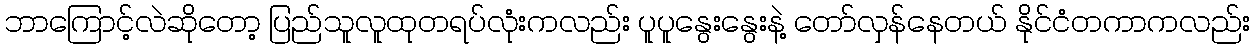
ဘာကြောင့်လဲဆိုတော့ ပြည်သူလူထုတရပ်လုံးကလည်း ပူပူနွေးနွေးနဲ့ တော်လှန်နေတယ် နိုင်ငံတကာကလည်း